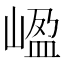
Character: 𡺡